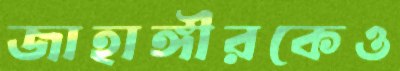
জাহাঙ্গীরকেও